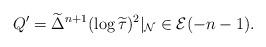
LaTeX: \begin{gather*}Q^\prime=\widetilde\Delta^{n+1}(\log\widetilde\tau)^2 |_\mathcal{N}\in\mathcal{E}(-n-1).\end{gather*}